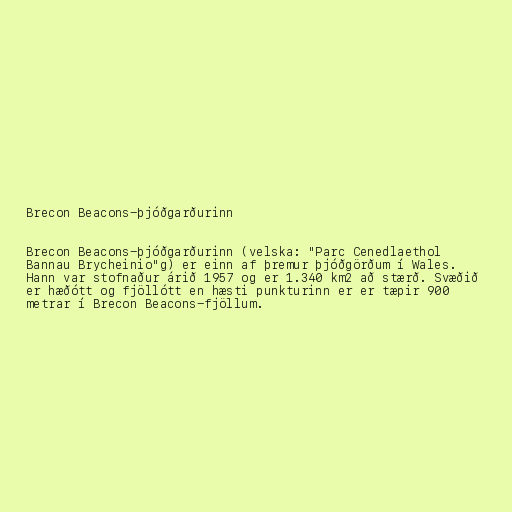
Brecon Beacons-þjóðgarðurinn

Brecon Beacons-þjóðgarðurinn (velska: "Parc Cenedlaethol
Bannau Brycheinio"g) er einn af þremur þjóðgörðum í Wales.
Hann var stofnaður árið 1957 og er 1.340 km2 að stærð. Svæðið
er hæðótt og fjöllótt en hæsti punkturinn er er tæpir 900
metrar í Brecon Beacons-fjöllum.